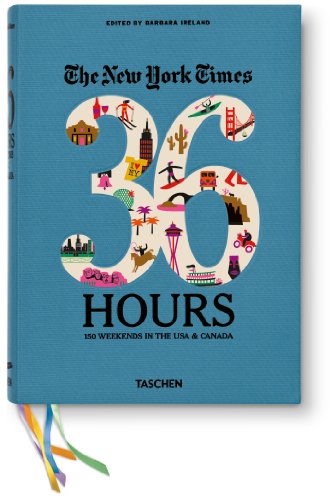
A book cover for The New York Times: 36 Hours 150 Weekends in the USA & Canada; Travel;